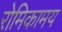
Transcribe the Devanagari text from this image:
रोमिकामय